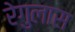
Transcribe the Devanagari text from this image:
रेगुलास